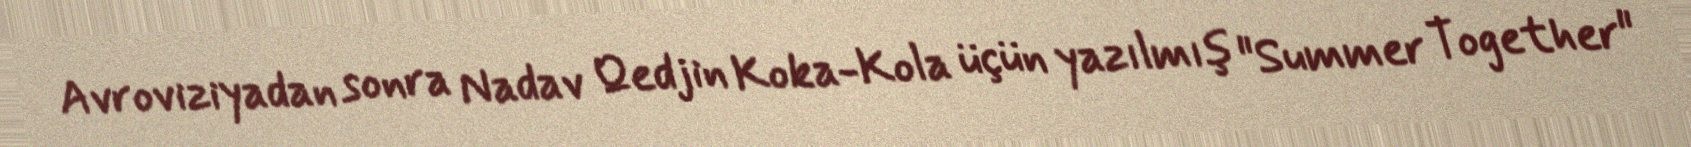
Avroviziyadan sonra Nadav Qedjin Koka-Kola üçün yazılmış "Summer Together"